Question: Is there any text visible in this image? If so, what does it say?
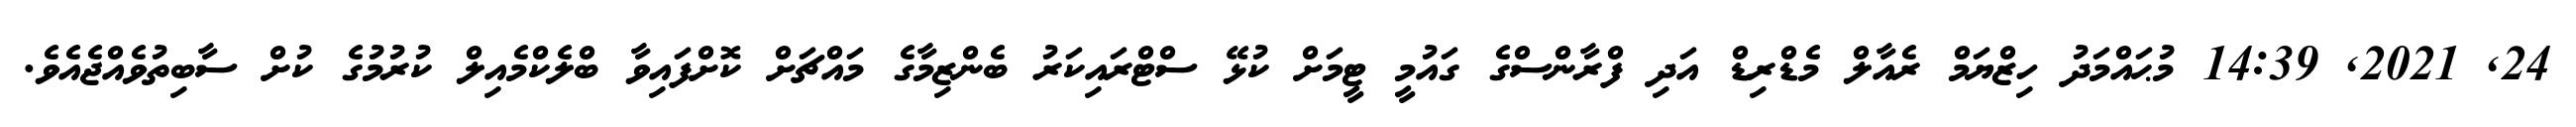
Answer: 24, 2021, 14:39 މުޙައްމަދު ހިޒްޔަމް ރެއާލް މެޑްރިޑް އަދި ފްރާންސްގެ ގައުމީ ޓީމަށް ކުޅޭ ސްޓްރައިކަރު ބެންޒިމާގެ މައްޗަށް ކޮށްފައިވާ ބްލެކްމެއިލް ކުރުމުގެ ކުށް ސާބިތުވެއްޖެއެވެ.